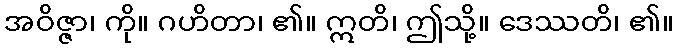
အဝိဇ္ဇာ၊ ကို။ ဂဟိတာ၊ ၏။ ဣတိ၊ ဤသို့။ ဒေဿတိ၊ ၏။